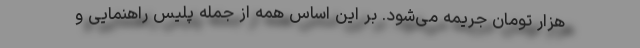
هزار تومان جریمه می‌شود. بر این اساس همه از جمله پلیس راهنمایی و